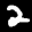
Label: 2